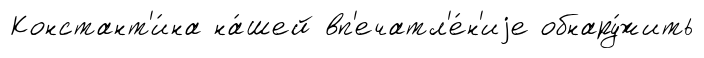
Констант'и́на на́шей вп'ечатл'е́н'иjе обнару́жить